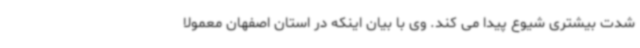
شدت بیشتری شیوع پیدا می کند. وی با بیان اینکه در استان اصفهان معمولا